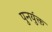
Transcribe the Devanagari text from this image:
पुनर्युक्त